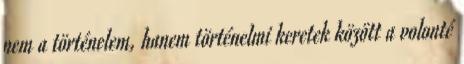
nem a történelem, hanem történelmi keretek között a volonté